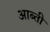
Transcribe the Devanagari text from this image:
आब्ती